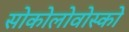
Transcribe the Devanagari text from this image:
सोकोलोवोस्को